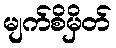
မျက်စိမှိတ်